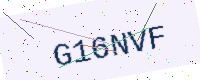
Text: G16NVF